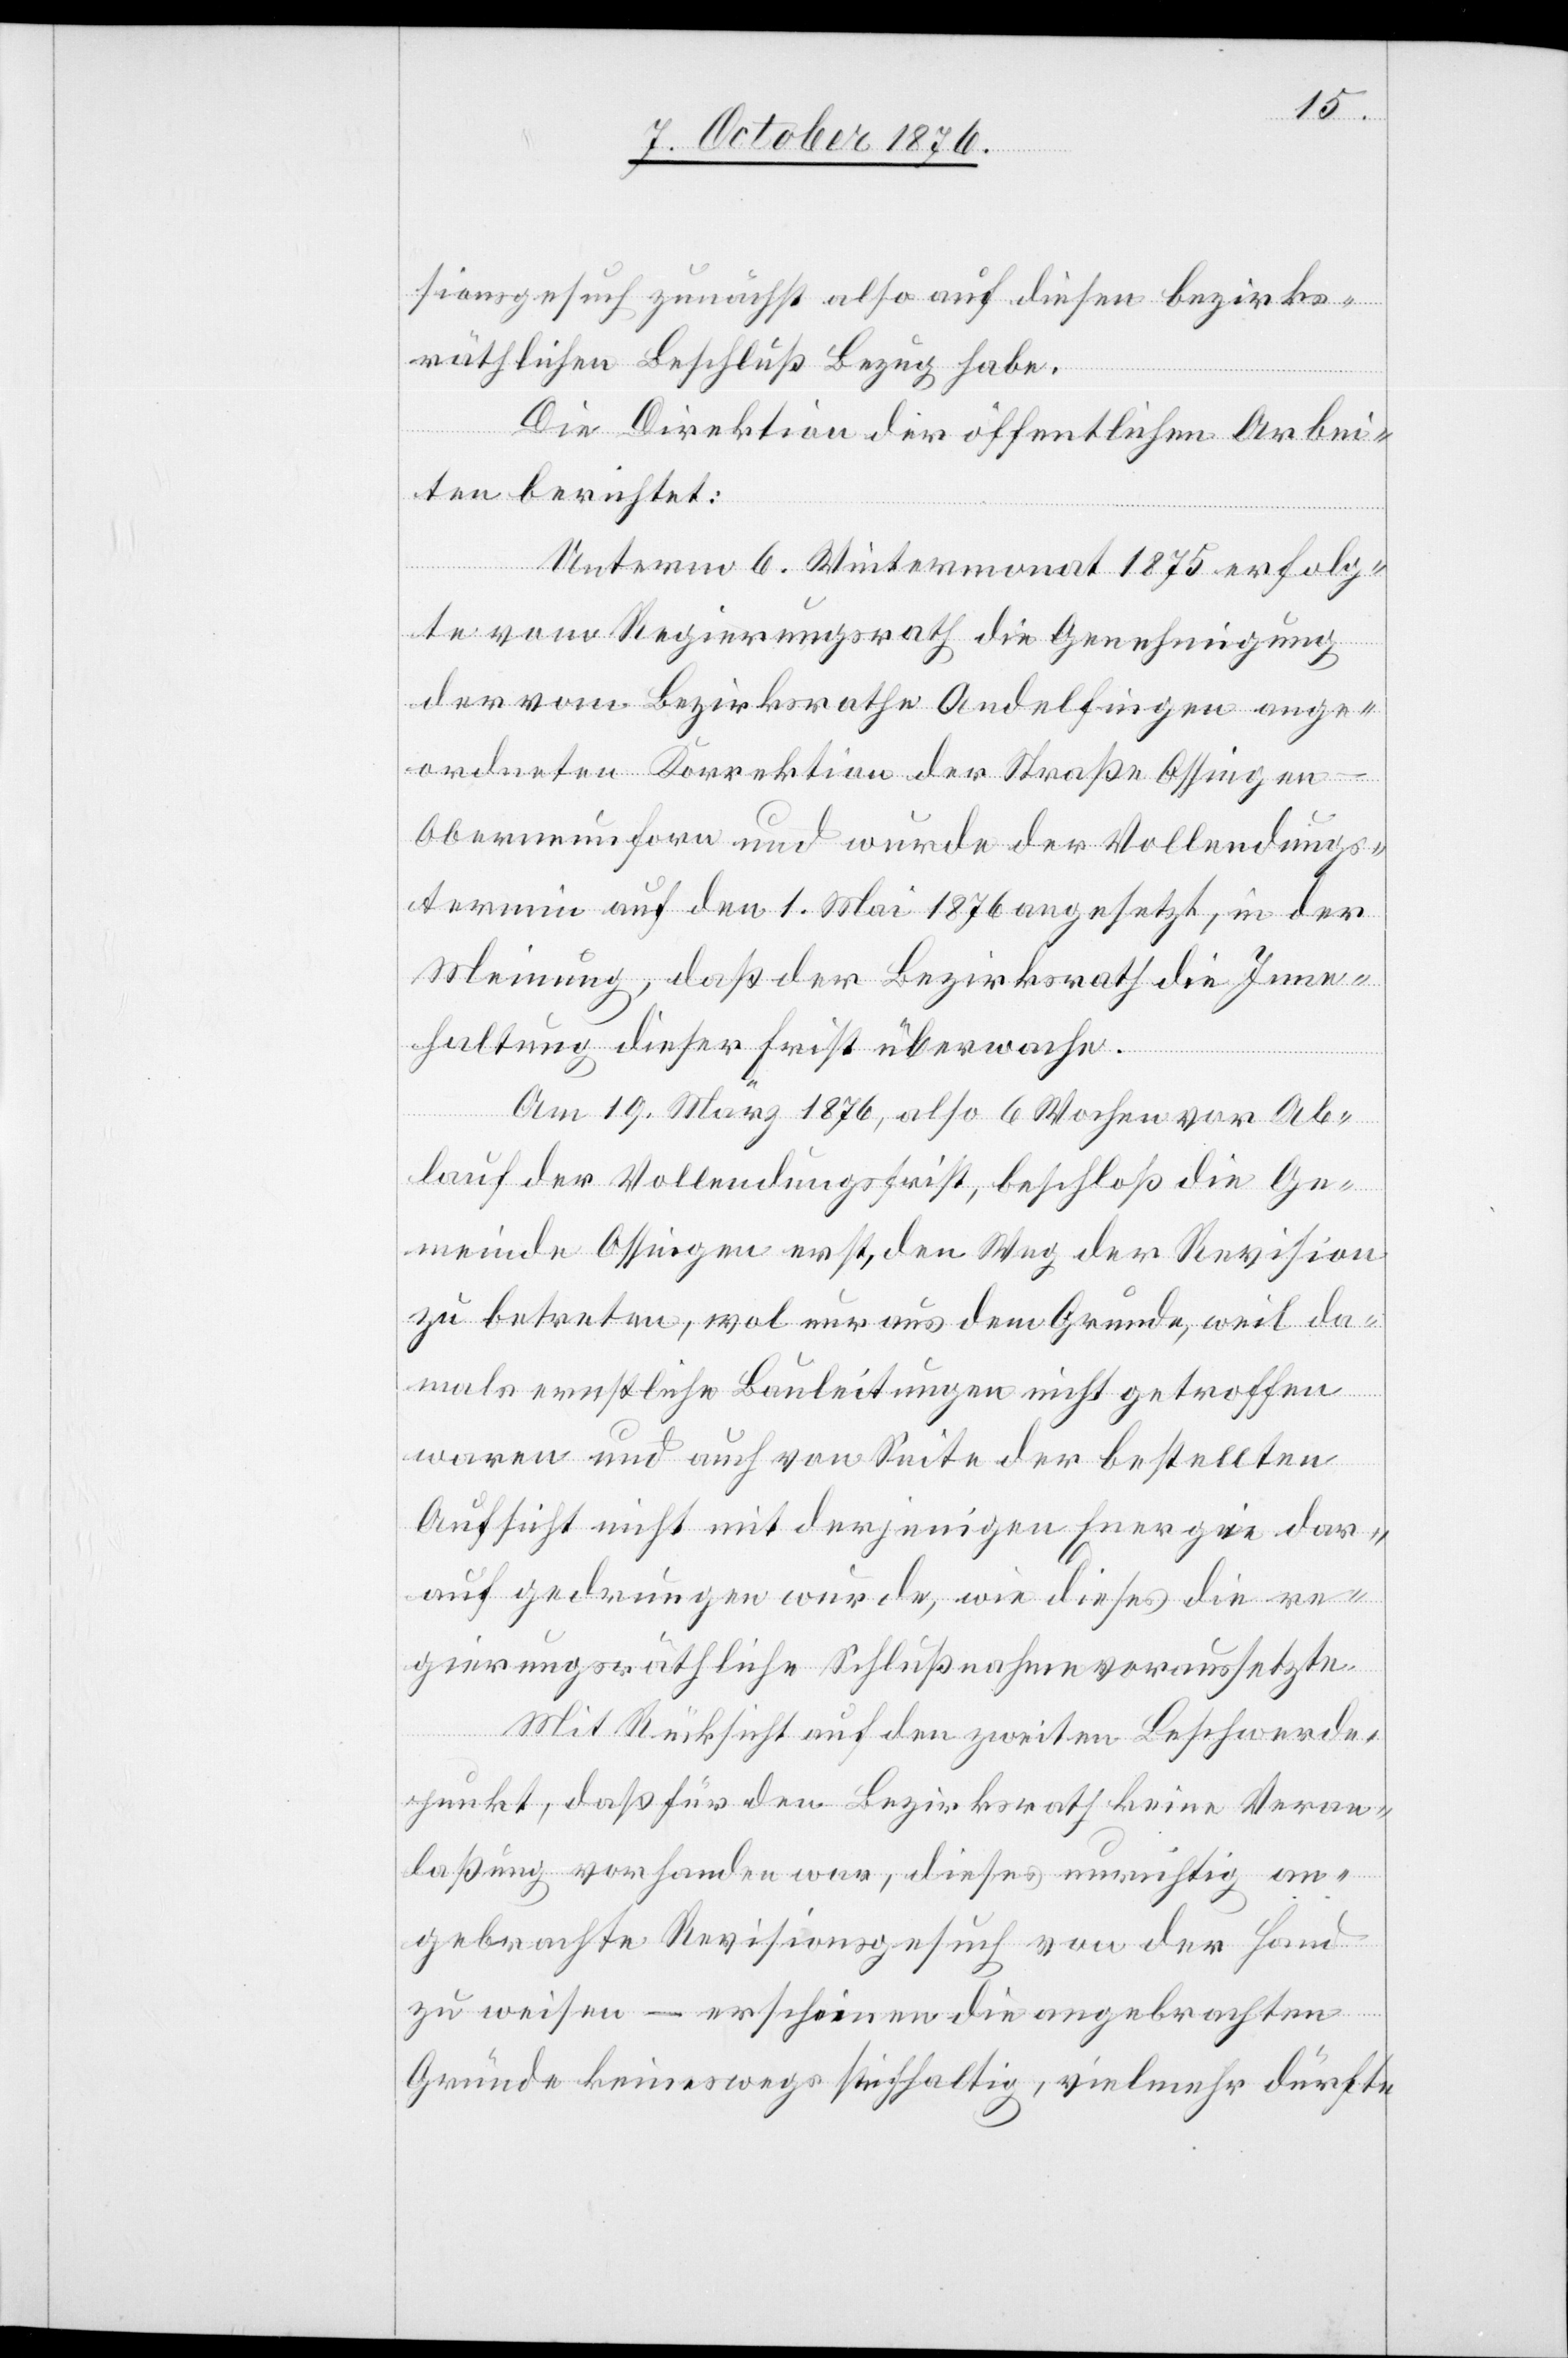
sionsgesuch zunächst also auf diesen bezirks¬
räthlichen Beschluß Bezug habe.
Die Direktion der öffentlichen Arbei¬
ten berichtet:
Unterm 6. Wintermonat 1875 erfolg¬
te vom Regierungsrath die Genehmigung
der vom Bezirksrathe Andelfingen ange¬
ordneten Korrektion der Straße Ossingen–O¬
berneunforn und wurde der Vollendungs¬
termin auf den 1. Mai 1876 angesetzt, in der
Meinung, daß der Bezirksrath die Inne¬
haltung dieser Frist überwache.
Am 19. März 1876, also 6 Wochen vor Ab¬
lauf der Vollendungsfrist, beschloß die Ge¬
meinde Ossingen erst, den Weg der Revision
zu betreten, wol nur aus dem Grunde, weil da¬
mals ernstliche Bauleitungen nicht getroffen
waren und auch von Seite der bestellten
Aufsicht nicht mit derjenigen Energie dar¬
auf gedrungen wurde, wie dieses die re¬
gierungsräthliche Schlußnahme voraussetzte.
Mit Rücksicht auf den zweiten Beschwerde¬
punkt, daß für den Bezirksrath keine Veran¬
laßung vorhanden war, dieses unrichtig an¬
gebrachte Revisionsgesuch von der Hand
zu weisen – erscheinen die angebrachten
Gründe keineswegs stichhaltig, vielmehr dürfte